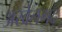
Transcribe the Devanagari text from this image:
अखेलगढ़